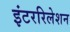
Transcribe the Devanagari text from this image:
इंटररिलेशन